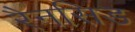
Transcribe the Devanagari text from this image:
रैनसिड